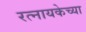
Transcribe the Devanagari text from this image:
रत्नायकेच्या